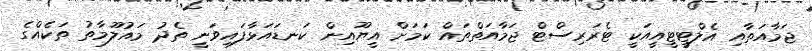
ޖަމާއަތާއި އެލްޓީޓީއީއަކީ ޓެރަރިސްޓް ޖަމާއަތްތައް ކަމަށް އީޔޫއިން ކަނޑައަޅާފައިވަނީ ތެދު މައުލޫމާތު ތަކެއްގެ